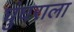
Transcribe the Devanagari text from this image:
घुंघराला